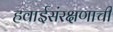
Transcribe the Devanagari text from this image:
हवाईसंरक्षणाची